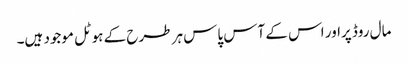
مال روڈ پراور اس کے آس پاس ہر طرح کے ہوٹل موجود ہیں۔